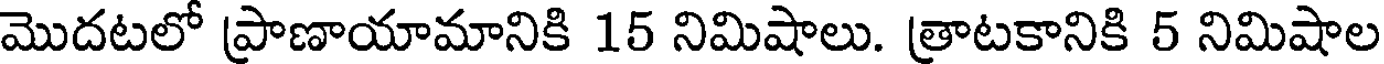
మొదటలో ప్రాణాయామానికి 15 నిమిషాలు. త్రాటకానికి 5 నిమిషాల